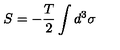
S = - \frac { T } { 2 } \int d ^ { 3 } \sigma